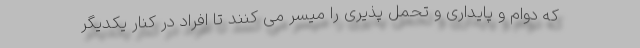
که دوام و پایداری و تحمل پذیری را میسر می کنند تا افراد در کنار یکدیگر